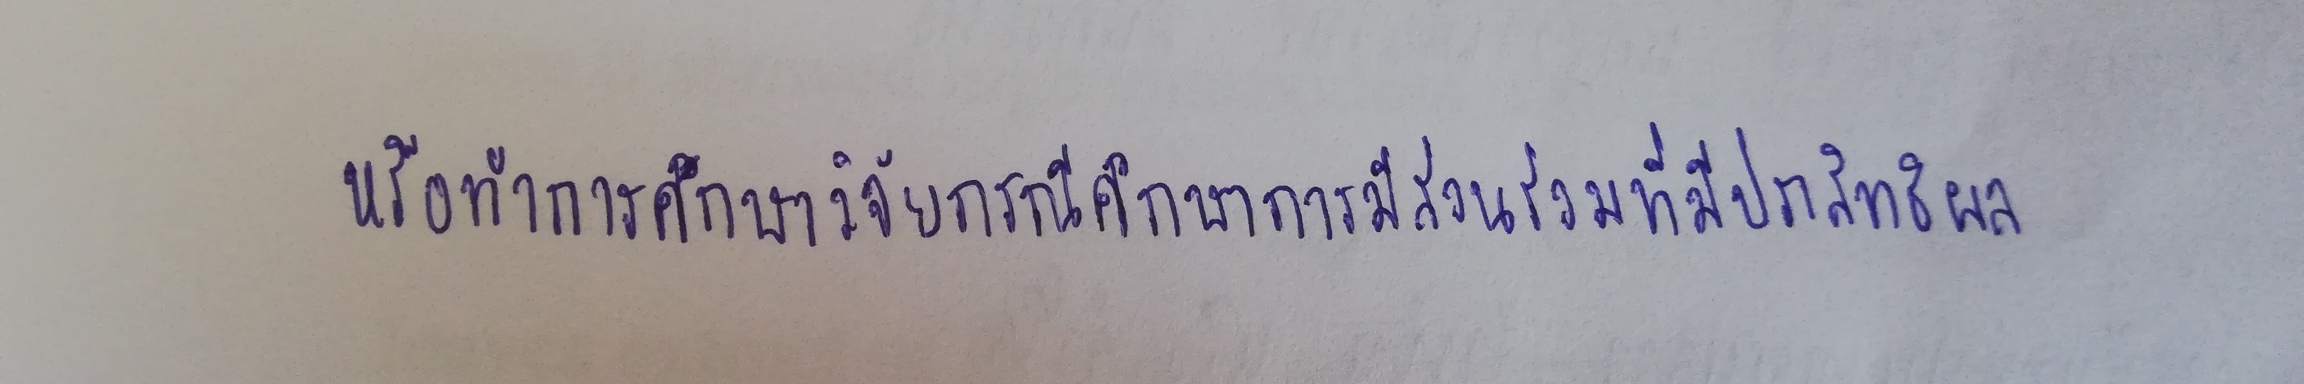
หรือทำการศึกษาวิจัยกรณีศึกษาการมีส่วนร่วมที่มีประสิทธิผล